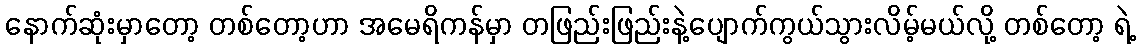
နောက်ဆုံးမှာတော့ တစ်တော့ဟာ အမေရိကန်မှာ တဖြည်းဖြည်းနဲ့ပျောက်ကွယ်သွားလိမ့်မယ်လို့ တစ်တော့ ရဲ့